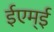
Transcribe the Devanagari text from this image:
ईएम्‌ई